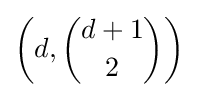
\left(d,{\binom {d+1}{2}}\right)